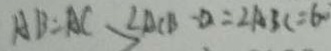
A B = A C \angle A C B - a = 2 A B C = 6 0